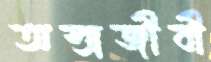
অস্ত্রজীবী